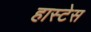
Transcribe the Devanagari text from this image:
हास्टेस